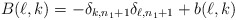
\begin{align*}B(\ell,k)=-\delta_{k,n_1+1}\delta_{\ell,n_1+1}+b(\ell,k)\end{align*}